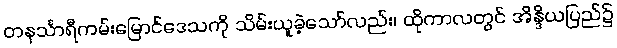
တနင်္သာရီကမ်းမြောင်ဒေသကို သိမ်းယူခဲ့သော်လည်း၊ ထိုကာလတွင် အိန္ဒိယပြည်၌